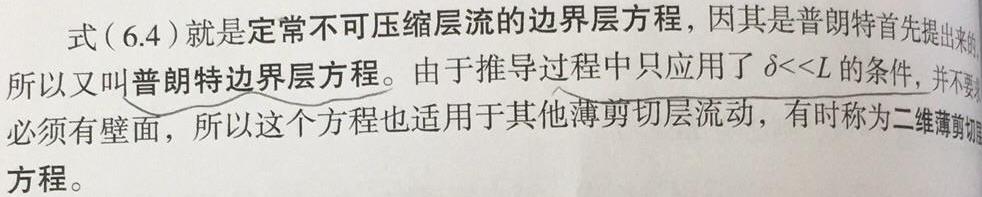
式（6.4）就是定常不可压缩层流的边界层方程，因其是普朗特首先提出来的，所以又叫普朗特边界层方程。由于推导过程中只应用了$\delta\ll L$的条件，并不要求必须有壁面，所以这个方程也适用于其他薄剪切层流动，有时称为二维薄剪切层方程。